Elephants and their diseases
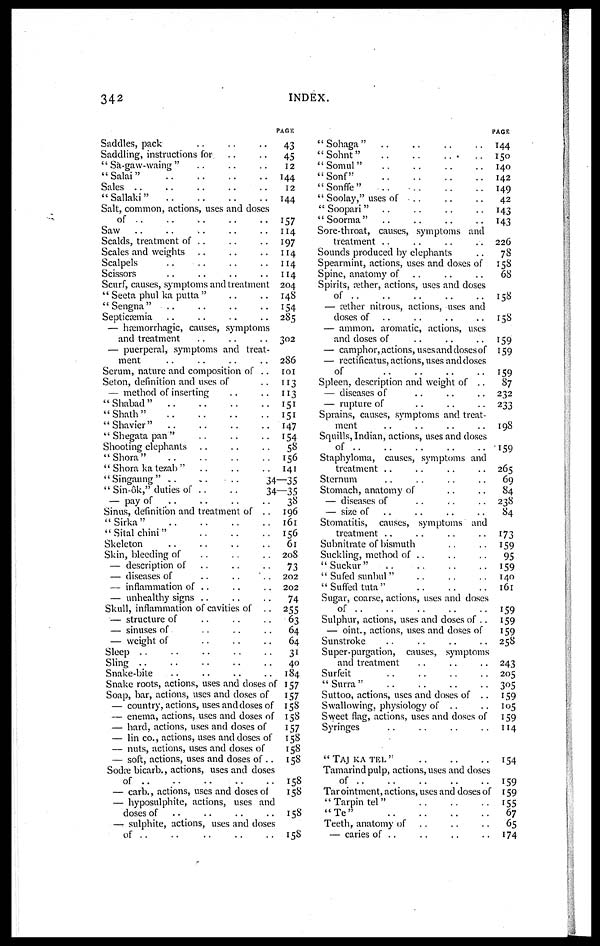
342
INDEX.
Saddles, pack
Saddling, instructions for
" Sa-gaw-waing "
"Salai"
Sales ..
..
..
..
"Sallaki"
Salt, common, actions, uses and doses
of ..
Saw
Scalds, treatment of ..
Scales and weights
Scalpels
Scissors
Scurf, causes, symptoms and treatment
" Seeta phul ka putta "
'' Sengna"
Septicaemia
— hæmorrhagic, causes, symptoms
and treatment
— puerperal, symptoms and treat-
ment
Serum, nature and composition of ..
Seton, definition and uses of
— method of inserting
"Shabad"
"Shath"
"Shavier"
" Shegata pan "
Shooting elephants
"Shora"
" Shora ka tezab "
"Singaung"
" Sin-ôk," duties of . .
. .
— pay of
Sinus, definition and treatment of ..
"Sirka"
" Sital chini"
Skeleton
Skin, bleeding of
— description of
— diseases of
— inflammation of ,.
— unhealthy signs
Skull, inflammation of cavities of ..
— structure of
— sinuses of -
— weight of
Sleep
Sling
Snake-bite
Snake roots, actions, uses and doses of
Soap, bar, actions, uses and doses of
— country, actions, uses and doses of
— enema, actions, uses and doses of
— hard, actions, uses and doses of
— lin co., actions, uses and doses of
— nuts, actions, uses and doses of
— soft, actions, uses and doses of ..
Sodæ bicarb., actions, uses and doses
of ..
— carb., actions, uses and doses of
— hyposulphite, actions, uses and
doses of
— sulphite, actions, uses and doses
of
PAGE
43
45
12
144
12
144
157
114
197
114
114
114
204
148
154
285
302
286
101
113
113
151
151
147
154
58
156
141
34—35
34—35
38
196
161
156
61
208
73
202
202
74
255
63
64
64
31
40
184
157
157
158
158
157
158
158
158
158
158
158
158
"Sohaga"
"Sohnt"
..
"Somul"
"Sonf"
"Sonffe"
..
" Soolay," uses of
..
"Soopari"
"Soorma"
Sore-throat, causes, symptoms and
treatment ..
Sounds produced by elephants
Spearmint, actions, uses and doses of
Spine, anatomy of
Spirits, rether, actions, uses and doses
of
— rether nitrous, actions, uses and
doses of
— ammon. aromatic, actions, uses
and doses of
— camphor,actions, uses and doses of
— rectificatus, actions, uses and doses
of
..
Spleen, description and weight of ..
— diseases of
— rupture of
Sprains, causes, symptoms and treat-
ment
Squills, Indian, actions, uses and doses
of
Staphyloma, causes, symptoms and
treatment
Sternum
Stomach, anatomy of
— diseases of
— size of
Stomatitis, causes, symptoms and
treatment
Subnitrate of bismuth
Suckling, method of ..
"Suckur"
..
" Sufed sunbul"
"Suffed tuta"
Sugar, coarse, actions, uses and doses
of
Sulphur, actions, uses and doses of ..
— oint., actions, uses and doses of
Sunstroke
Super-purgation, causes, symptoms
and treatment
Surfeit
"Surra"
Suttoo, actions, uses and doses of ..
Swallowing, physiology of . .
Sweet flag, actions, uses and doses of
Syringes
" TAJ KA TEL "
Tamarind pulp, actions, uses and doses
of
Tar ointment, actions, uses and doses of
"Tarpin tel"
"Te"
Teeth, anatomy of
— caries of ..
PAGE
144
150
140
142
149
42
143
143
226
78
158
68
158
158
159
159
159
87
232
233
198
159
265
69
84
238
84
173
159
95
159
140
161
159
159
159
258
243
205
305
159
105
159
114
154
159
159
155
67
65
174